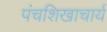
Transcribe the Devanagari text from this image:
पंचशिखाचार्य